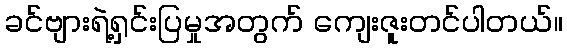
ခင်ဗျားရဲ့ရှင်းပြမှုအတွက် ကျေးဇူးတင်ပါတယ်။